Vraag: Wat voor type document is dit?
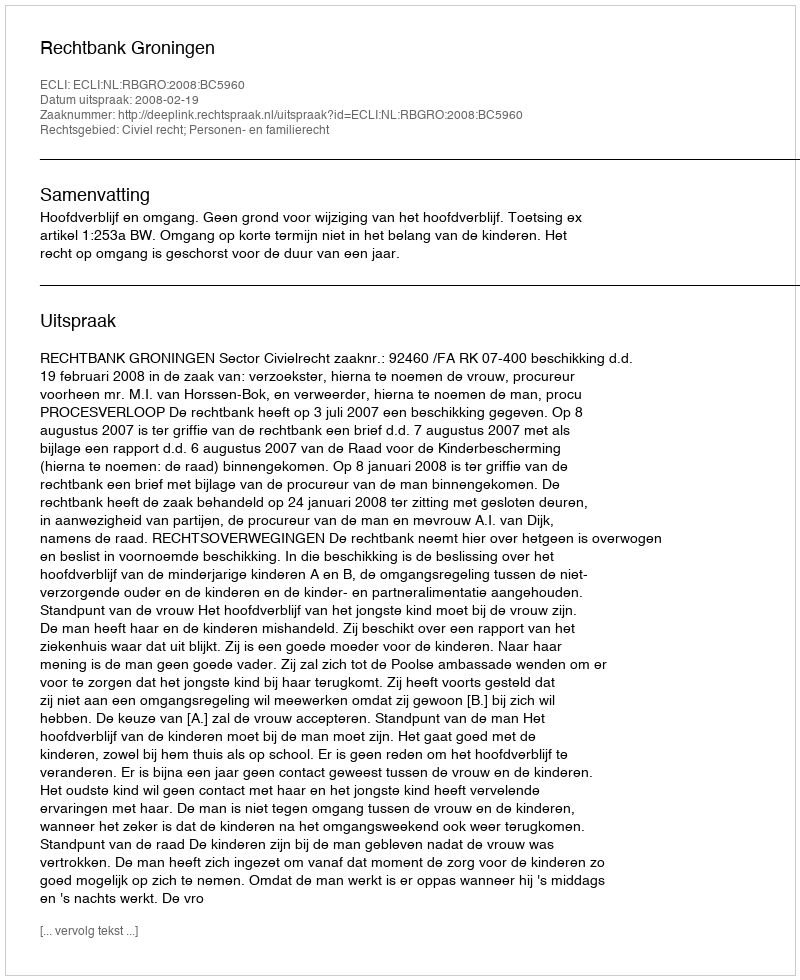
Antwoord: Uitspraak